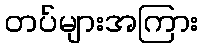
တပ်များအကြား